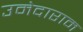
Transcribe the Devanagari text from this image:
उमेदाराम